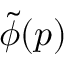
{ \tilde { \phi } } ( p )